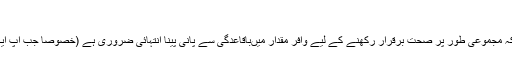
خوب پانی پینا:
ڈاکٹروں کا کہناہے کہ مجموعی طور پر صحت برقرار رکھنے کے لیے وافر مقدار میںباقاعدگی سے پانی پینا انتہائی ضروری ہے (خصوصاً جب آپ ایکسرسائز کرتی ہیں)۔